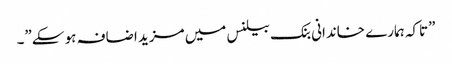
”تاکہ ہمارے خاندانی بنک بیلنس میں مزید اضافہ ہو سکے”۔